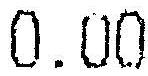
0.00